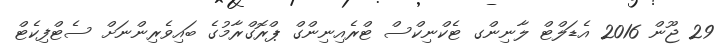
29 ޖޫން 2016 އެޑަލްޓް ލާނިންގ ޓެކްނިކްސް ޓްރެއިނިންގް ޕްރޮގްރާމުގެ ބައިވެރިންނަށް ސެޓްފިކެޓް